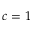
c = 1